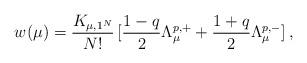
LaTeX: \begin{align*}w(\mu) = \frac{K_{\mu,1^N}}{N!}\,[\frac{1-q}{2}\Lambda^{p,+}_{\mu} + \frac{1+q}{2} \Lambda^{p,-}_{\mu}]\,,\end{align*}